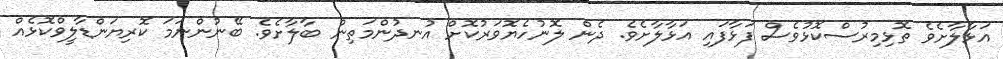
އަޅާލާށެވެ ތޮޅިމިރުސްކޮޅުވެސް ފަޅާފައި އަޅާލާށެވެ. ދެން ލޮނުހެޔޮވަރުކޮށް އުނދުންމަތިން ބާލާށެވެ. ބޭނުންނަމަ ކޮރިޔަންޑާލީވްކޮޅެއް